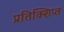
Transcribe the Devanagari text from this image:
प्रतिक्शिप्त